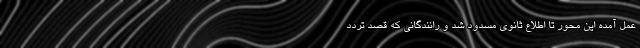
عمل آمده این محور تا اطلاع ثانوی مسدود شد و رانندگانی که قصد تردد